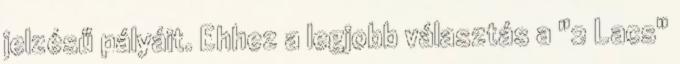
jelzésű pályáit. Ehhez a legjobb választás a "2 Lacs"